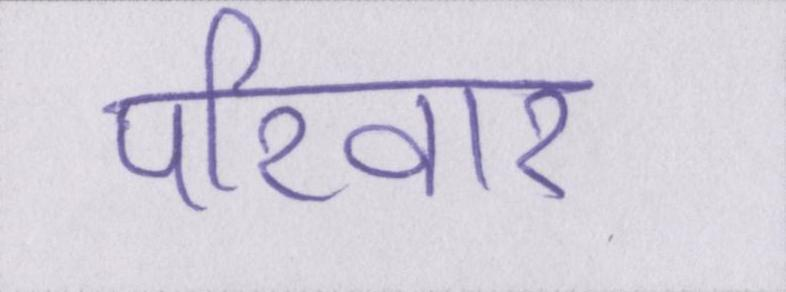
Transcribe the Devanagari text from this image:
परिवार